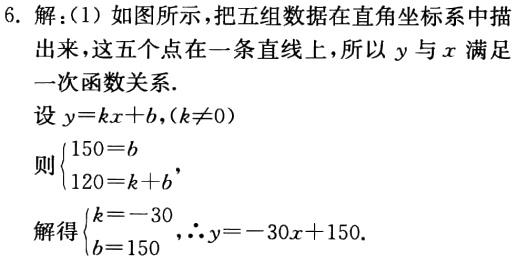
6. 解：(1) 如图所示，把五组数据在直角坐标系中描出来，这五个点在一条直线上，所以 \(y\) 与 \(x\) 满足一次函数关系.
设 \(y = kx + b,(k\neq0)\)
则\(\begin{cases}150 = b\\120 = k + b\end{cases}\)，
解得\(\begin{cases}k=-30\\b = 150\end{cases}\)，\(\therefore y=-30x + 150\).